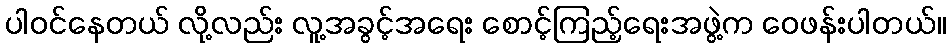
ပါဝင်နေတယ် လို့လည်း လူ့အခွင့်အရေး စောင့်ကြည့်ရေးအဖွဲ့က ဝေဖန်းပါတယ်။